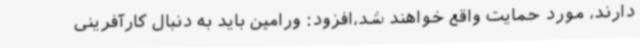
دارند، مورد حمایت واقع خواهند شد،افزود: ورامین باید به دنبال کارآفرینی